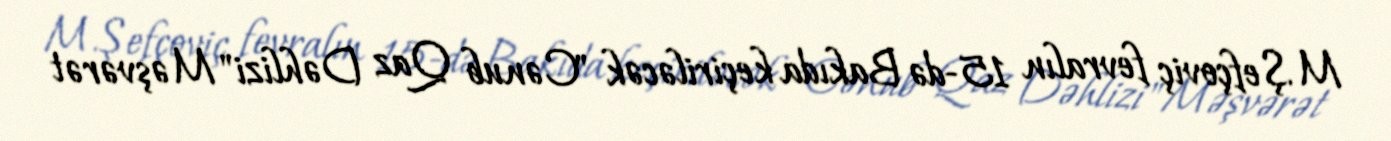
M.Şefçoviç fevralın 15-də Bakıda keçiriləcək "Cənub Qaz Dəhlizi" Məşvərət